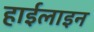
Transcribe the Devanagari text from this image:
हाईलाइन